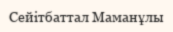
Сейітбаттал Маманұлы